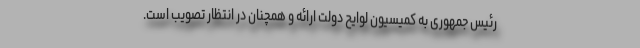
رئیس جمهوری به کمیسیون لوایح دولت ارائه و همچنان در انتظار تصویب است.